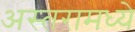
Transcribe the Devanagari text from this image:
अस्तरामध्ये